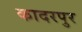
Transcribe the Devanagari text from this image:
कादरपुर